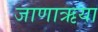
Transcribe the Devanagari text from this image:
जाणाऋया